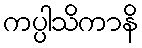
ကပ္ပါသိကာနိ